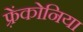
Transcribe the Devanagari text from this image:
फ़्रेंकोनिया